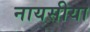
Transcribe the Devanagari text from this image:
नायसीया